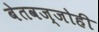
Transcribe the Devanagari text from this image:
बेतवज्जोही